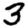
Digit: 3